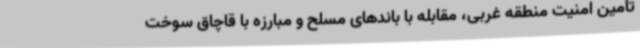
تأمین امنیت منطقه غربی، مقابله با باندهای مسلح و مبارزه با قاچاق سوخت